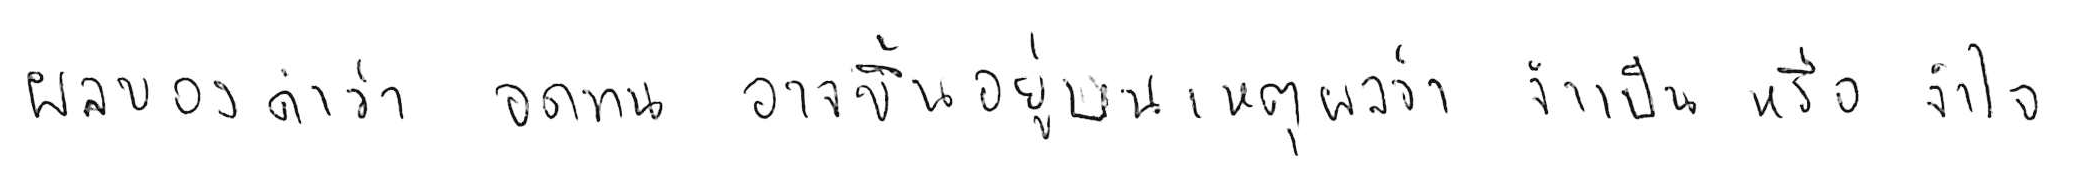
ผลของคำว่า อดทน อาจขึ้นอยู่บนเหตุผลว่า จำเป็น หรือ จำใจ